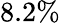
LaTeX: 8.2\%